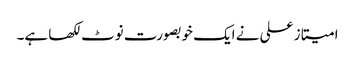
امیتاز علی نے ایک خوبصورت نوٹ لکھا ہے۔